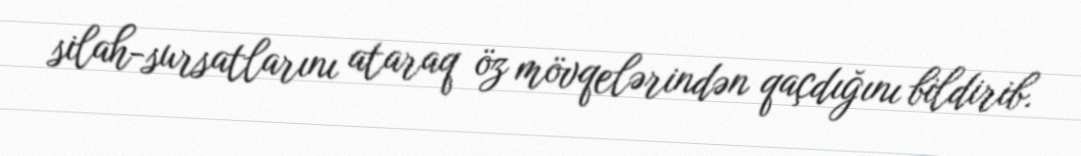
silah-sursatlarını ataraq öz mövqelərindən qaçdığını bildirib.